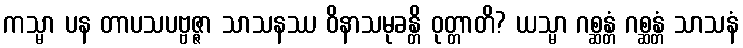
ကသ္မာ ပန တာပသပဗ္ဗဇ္ဇာ သာသနဿ ဝိနာသမုခန္တိ ဝုတ္တာတိ? ယသ္မာ ဂစ္ဆန္တံ ဂစ္ဆန္တံ သာသနံ